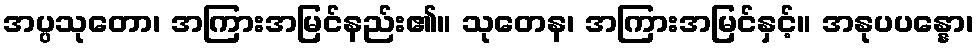
အပ္ပသုတော၊ အကြားအမြင်နည်း၏။ သုတေန၊ အကြားအမြင်နှင့်။ အနုပပန္နော၊